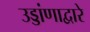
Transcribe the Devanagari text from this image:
उड्डांणाद्वारे